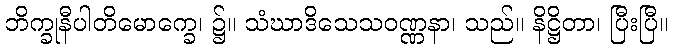
ဘိက္ခုနီပါတိမောက္ခေ၊ ၌။ သံဃာဒိသေသဝဏ္ဏနာ၊ သည်။ နိဋ္ဌိတာ၊ ပြီးပြီ။